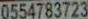
0554783723